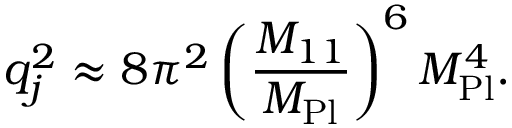
q _ { j } ^ { 2 } \approx 8 \pi ^ { 2 } \left( \frac { M _ { 1 1 } } { M _ { \mathrm { P l } } } \right) ^ { 6 } M _ { \mathrm { P l } } ^ { 4 } .